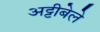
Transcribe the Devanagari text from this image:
अट्टीबेले